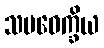
သမဝေက္ခိယ